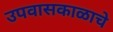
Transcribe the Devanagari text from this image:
उपवासकाळाचे